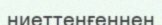
ниеттенғеннен